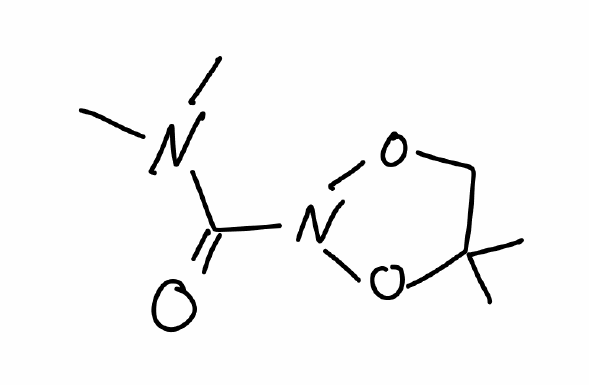
Simplified molecular-input line-entry system (SMILES) notation of the given molecule:
CC1(CON(O1)C(=O)N(C)C)C